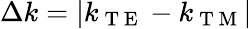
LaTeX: \Delta k=|k_{\mathrm{~T~E~}}-k_{\mathrm{~T~M~}}|